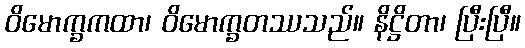
ဝိမောက္ခကထာ၊ ဝိမောက္ခတဿသည်။ နိဋ္ဌိတာ၊ ပြီးပြီ။